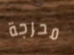
محرجة